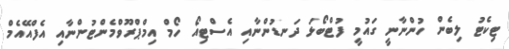
ޓިކެޓު ލިބެން ހުންނާނީ ގައުމީ ފުޓްބޯޅަ ދަނޑުންނާއި އެސްޓިއޯ ހޯމް އިމްޕްރޫވްމެންޓުންނާއި އެފްއޭއެމް